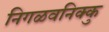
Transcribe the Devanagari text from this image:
निगळवनिक्कु